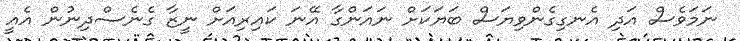
ނަމަވެސް އަދި އެނގިގެންވިޔަސް ބަޔަކަށް ނައަންގާ އޭނަ ކައިރިއަށް ނީޒާ ގެނެސްދިނުން އެއީ